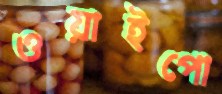
ওয়াইপো